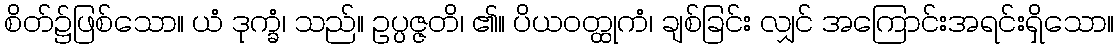
စိတ်၌ဖြစ်သော။ ယံ ဒုက္ခံ၊ သည်။ ဥပ္ပဇ္ဇတိ၊ ၏။ ပိယဝတ္ထုကံ၊ ချစ်ခြင်း လျှင် အကြောင်းအရင်းရှိသော။